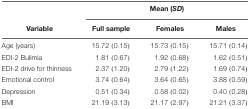
<table><thead><tr><td></td><td colspan="3"><b>Mean (<i>SD</i>)</b></td></tr><tr><td><b>Variable</b></td><td><b>Full sample</b></td><td><b>Females</b></td><td><b>Males</b></td></tr></thead><tbody><tr><td>Age (years)</td><td>15.72 (0.15)</td><td>15.73 (0.15)</td><td>15.71 (0.14)</td></tr><tr><td>EDI-2 Bulimia</td><td>1.81 (0.67)</td><td>1.92 (0.68)</td><td>1.62 (0.51)</td></tr><tr><td>EDI-2 drive for thinness</td><td>2.37 (1.20)</td><td>2.79 (1.22)</td><td>1.69 (0.74)</td></tr><tr><td>Emotional control</td><td>3.74 (0.64)</td><td>3.64 (0.65)</td><td>3.88 (0.59)</td></tr><tr><td>Depression</td><td>0.51 (0.34)</td><td>0.58 (0.02)</td><td>0.40 (0.28)</td></tr><tr><td>BMI</td><td>21.19 (3.13)</td><td>21.17 (2.97)</td><td>21.21 (3.37)</td></tr></tbody></table>